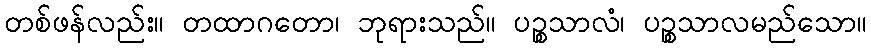
တစ်ဖန်လည်း။ တထာဂတော၊ ဘုရားသည်။ ပဉ္စသာလံ၊ ပဉ္စသာလမည်သော။